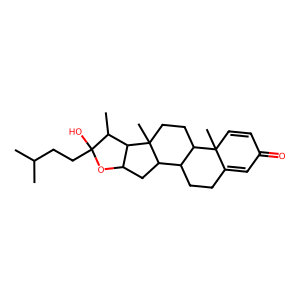
SMILES: CC(C)CCC1(O)OC2CC3C4CCC5=CC(=O)C=CC5(C)C4CCC3(C)C2C1C
Inhibits HIV replication: No